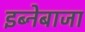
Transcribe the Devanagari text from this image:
इब्नेबाजा